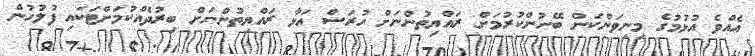
އެއްވެ އުޅުމުގެ މިނިވަންކަން ބޭނުންކުރުމަށް ރައްޔިތުންނަށް ހުރަސް އަޅާ ރައްޔިތުންނަށް ބިރުދެއްކުމަށްޓަކައި ފުލުހުން